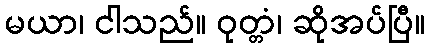
မယာ၊ ငါသည်။ ဝုတ္တံ၊ ဆိုအပ်ပြီ။